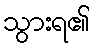
သွားရ၏